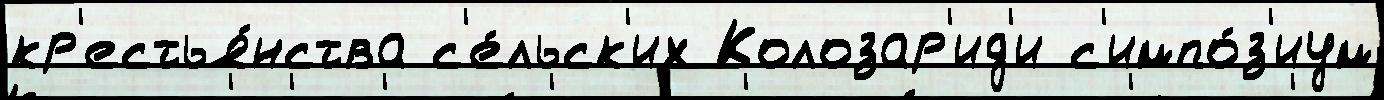
кр'естья́нства с'е́льск'их Колозар'ид'и с'импо́з'иум